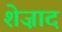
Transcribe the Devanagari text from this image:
शेज़ाद